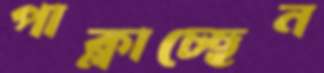
পাক্‌লাচ্ছেন